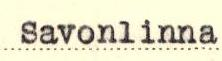
Savonlinna